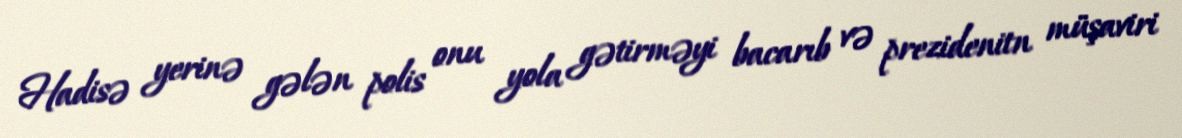
Hadisə yerinə gələn polis onu yola gətirməyi bacarıb və prezidenitn müşaviri